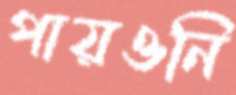
পায়ওনি